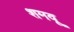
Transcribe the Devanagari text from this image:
शमवू